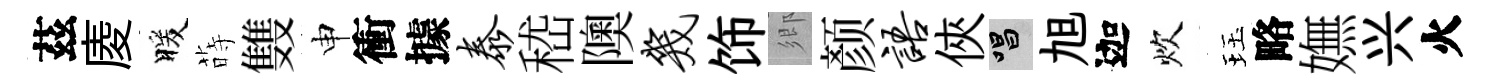
茲庱暖蒔䨇申衝據泰嵇隩几饰鄉颜语俠唱旭迦炊珏略嫵兴火